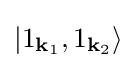
|1_{\mathbf {k} _{1}},1_{\mathbf {k} _{2}}\rangle